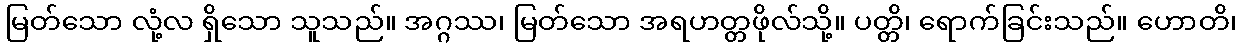
မြတ်သော လုံ့လ ရှိသော သူသည်။ အဂ္ဂဿ၊ မြတ်သော အရဟတ္တဖိုလ်သို့။ ပတ္တိ၊ ရောက်ခြင်းသည်။ ဟောတိ၊